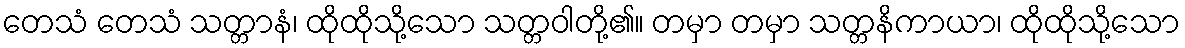
တေသံ တေသံ သတ္တာနံ၊ ထိုထိုသို့သော သတ္တဝါတို့၏။ တမှာ တမှာ သတ္တနိကာယာ၊ ထိုထိုသို့သော